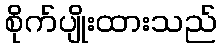
စိုက်ပျိုးထားသည်